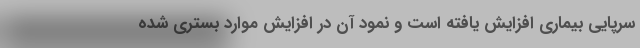
سرپایی بیماری افزایش یافته است و نمود آن در افزایش موارد بستری شده